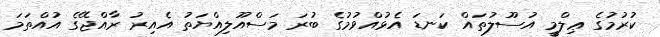
ކުރުމުގެ ޢިލްމީ އުސޫލުތައް ކަނޑަ އެޅުއްވުމުގެ ބުރަ މަސްއޫލިއްޔަތު އެއިރު ރާއްޖޭގެ އުއްތަމަ